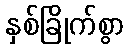
နှစ်ခြိုက်စွာ